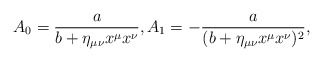
\begin{align*} A_0=\frac{a}{b+\eta_{\mu\nu}x^\mu x^\nu},A_1=-\frac{a}{(b+\eta_{\mu\nu}x^\mu x^\nu)^2},\end{align*}